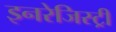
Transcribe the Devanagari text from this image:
इनरेजिस्ट्री